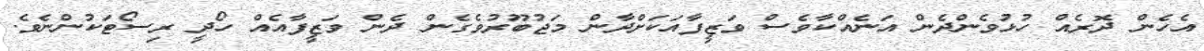
އެހެން ދޮރެއް ހުޅުވެންދެން އަނެއްކާވެސް ވަޒީފާއަކަށްދާން މަޖުބޫރުވެގެން ދެން ވަޒީފާއެއް ހޯދީ ރިސޯޓަކުންނެވެ.